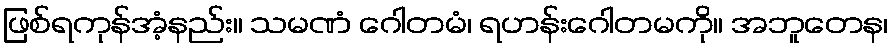
ဖြစ်ရကုန်အံ့နည်း။ သမဏံ ဂေါတမံ၊ ရဟန်းဂေါတမကို။ အဘူတေန၊